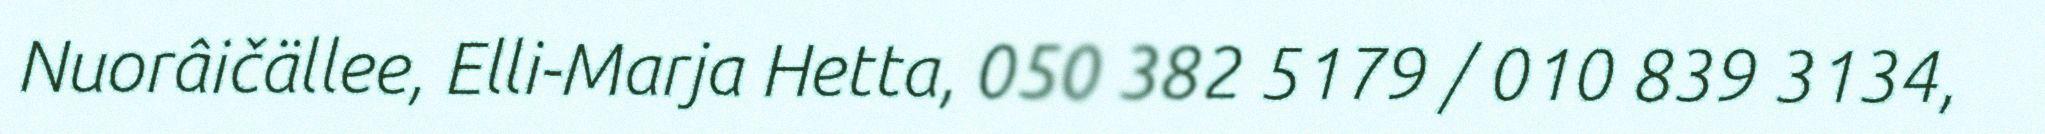
Nuorâičällee, Elli-Marja Hetta, 050 382 5179 / 010 839 3134,